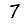
Digit: 7